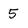
Character: 5